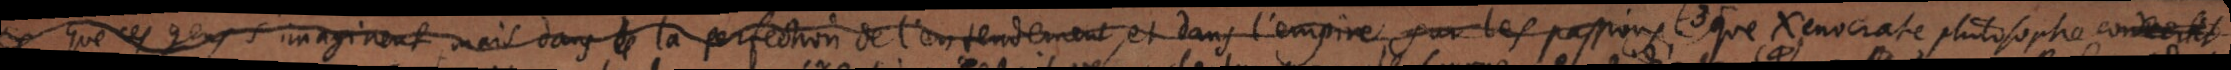
ce que ces gens s’imaginent mais dans la perfection de l’entendement et dans l’empire sur les passions; que Xenocrate philosophe convertit